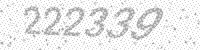
Solution: 222339